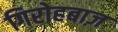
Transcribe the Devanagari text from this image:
गिरोहबाज़